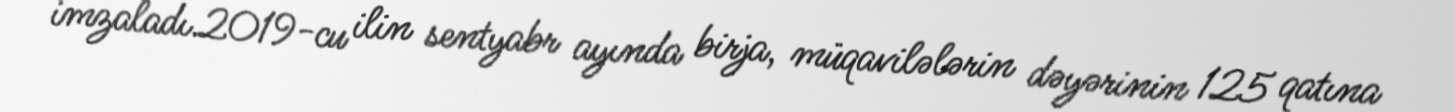
imzaladı.2019-cu ilin sentyabr ayında birja, müqavilələrin dəyərinin 125 qatına